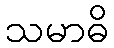
သမာဓိ